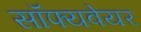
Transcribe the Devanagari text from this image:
सॉफ्यवेयर